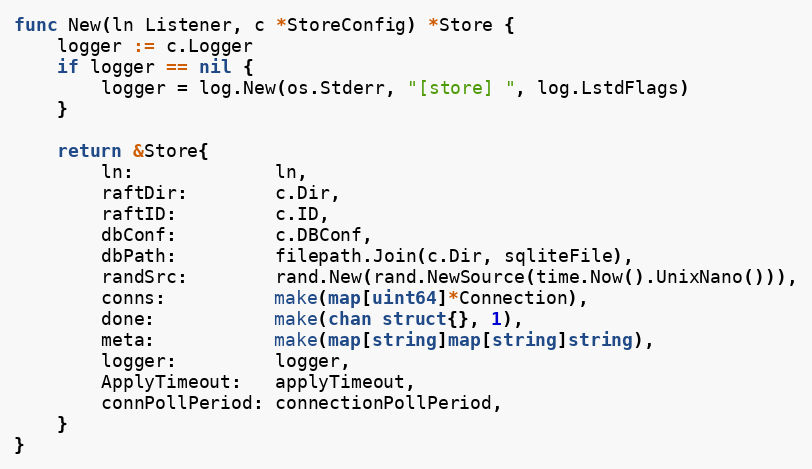
Language: Go
func New(ln Listener, c *StoreConfig) *Store {
	logger := c.Logger
	if logger == nil {
		logger = log.New(os.Stderr, "[store] ", log.LstdFlags)
	}

	return &Store{
		ln:             ln,
		raftDir:        c.Dir,
		raftID:         c.ID,
		dbConf:         c.DBConf,
		dbPath:         filepath.Join(c.Dir, sqliteFile),
		randSrc:        rand.New(rand.NewSource(time.Now().UnixNano())),
		conns:          make(map[uint64]*Connection),
		done:           make(chan struct{}, 1),
		meta:           make(map[string]map[string]string),
		logger:         logger,
		ApplyTimeout:   applyTimeout,
		connPollPeriod: connectionPollPeriod,
	}
}